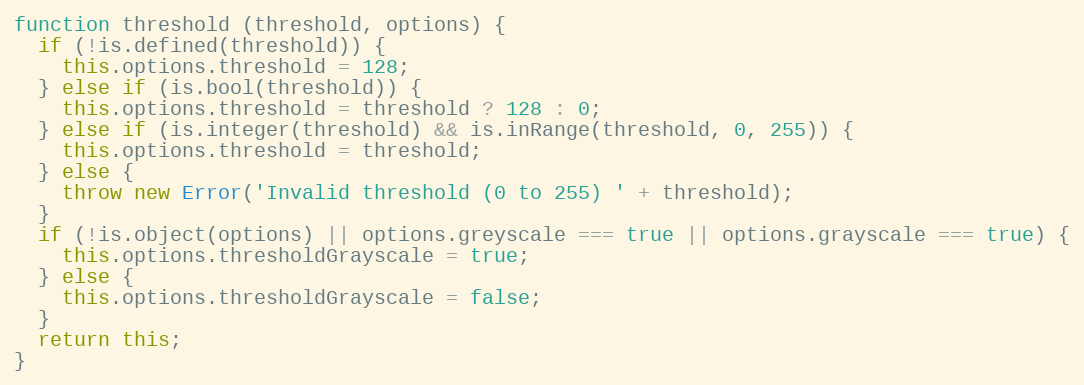
Language: JavaScript
function threshold (threshold, options) {
  if (!is.defined(threshold)) {
    this.options.threshold = 128;
  } else if (is.bool(threshold)) {
    this.options.threshold = threshold ? 128 : 0;
  } else if (is.integer(threshold) && is.inRange(threshold, 0, 255)) {
    this.options.threshold = threshold;
  } else {
    throw new Error('Invalid threshold (0 to 255) ' + threshold);
  }
  if (!is.object(options) || options.greyscale === true || options.grayscale === true) {
    this.options.thresholdGrayscale = true;
  } else {
    this.options.thresholdGrayscale = false;
  }
  return this;
}